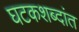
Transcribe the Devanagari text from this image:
घटकशब्दांत